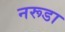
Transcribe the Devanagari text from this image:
नरूडा